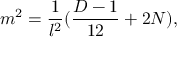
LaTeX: m ^ { 2 } = \frac { 1 } { l ^ { 2 } } ( \frac { D - 1 } { 1 2 } + 2 N ) ,